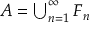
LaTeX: A = \textstyle \bigcup _ { n = 1 } ^ { \infty } F _ { n }